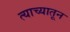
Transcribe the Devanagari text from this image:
त्याच्यातून